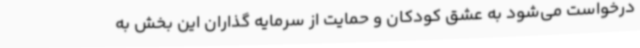
درخواست می‌شود به عشق کودکان و حمایت از سرمایه گذاران این بخش به